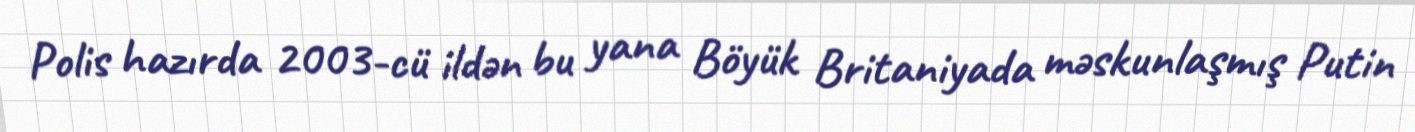
Polis hazırda 2003-cü ildən bu yana Böyük Britaniyada məskunlaşmış Putin